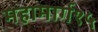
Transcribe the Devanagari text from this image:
महामार्ग१५